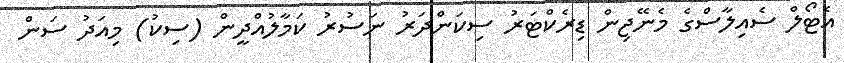
އެޓޯލް ސެއިލާސްގެ މެނޭޖިން ޑިރެކްޓަރު ސިކަންދަރު ނަސުރު ކަމާލުއްދީން (ސިކު) މިއަދު ސަން